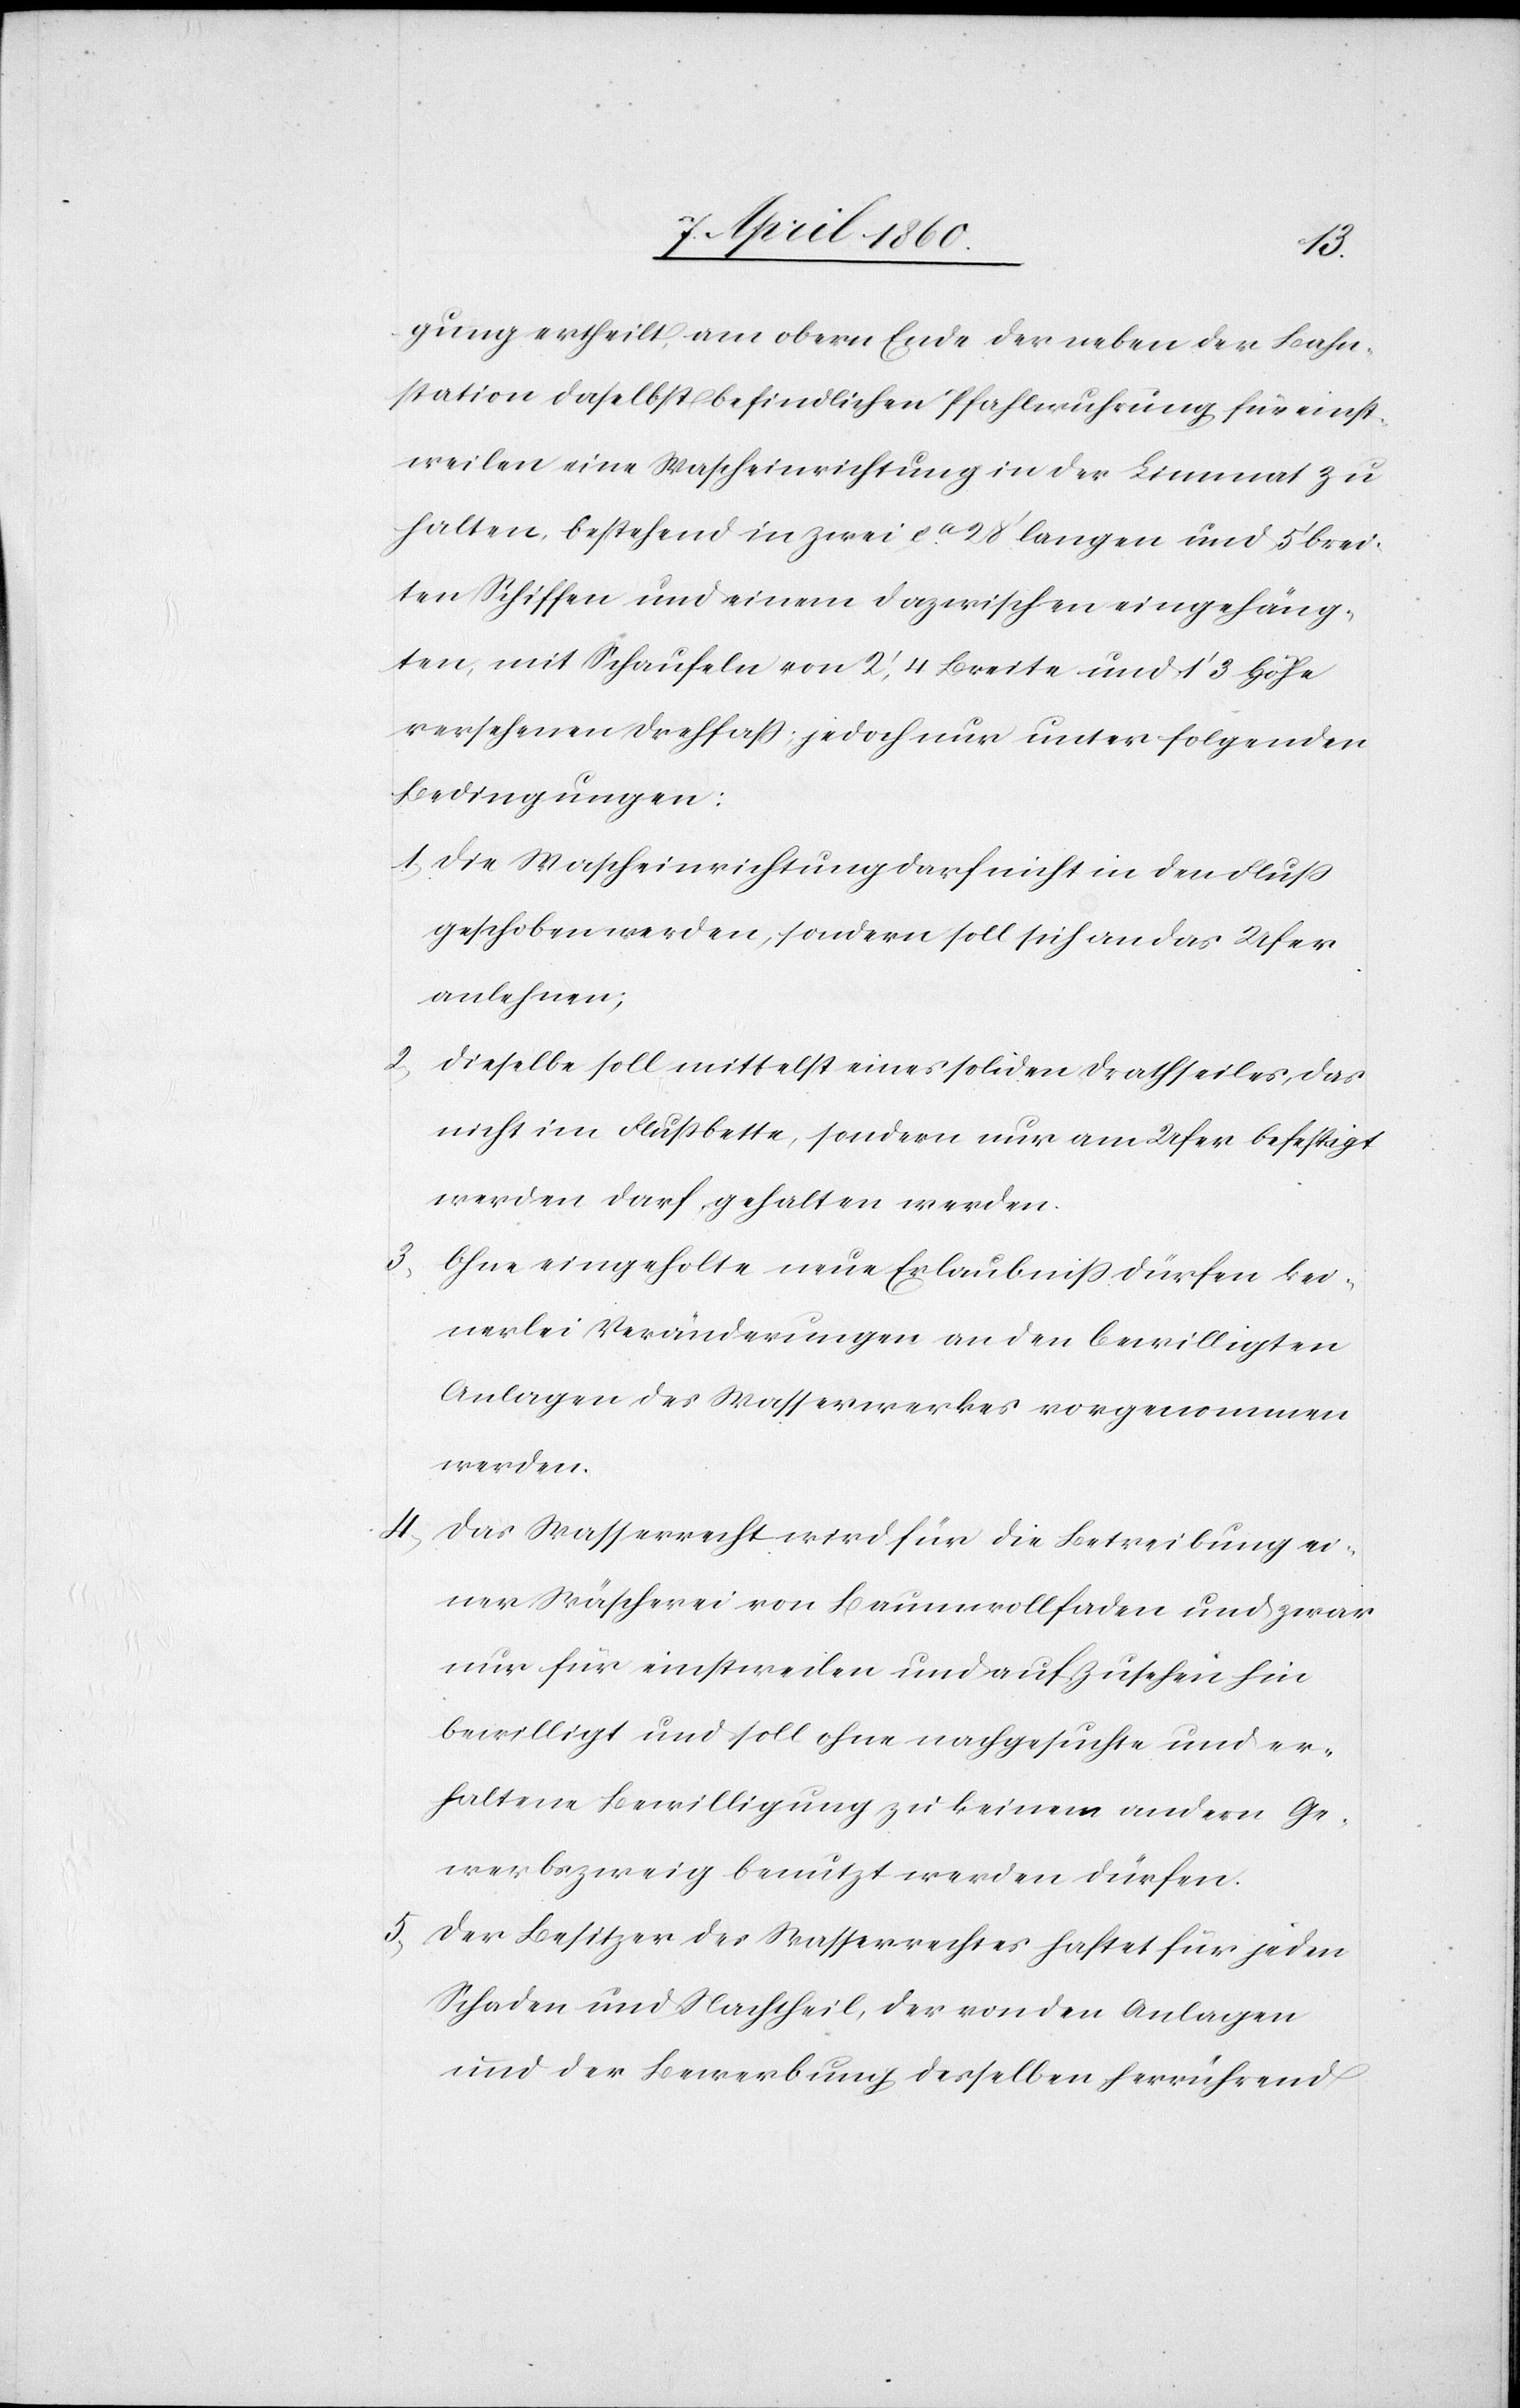
gung ertheilt, am obern Ende der neben der Bahn¬
station daselbst befindlichen Pfahlwuhrung für einst¬
weilen eine Wascheinrichtung in der Limmat zu
halten, bestehend in zwei ca 28’ langen und 5’ brei¬
ten Schiffen und einem dazwischen eingehäng¬
ten, mit Schaufeln von 2’ 4 Breite und 1’ 3 Höhe
versehenen Drehfass; jedoch nur unter folgenden
Bedingungen:
1. Die Wascheinrichtung darf nicht in den Fluß
geschoben werden, sondern soll sich an das Ufer
anlehnen;
2.
Dieselbe soll mittelst eines soliden Drathseiles, das
nicht im Flussbette, sondern nur am Ufer befestigt
werden darf, gehalten werden.
3. Ohne eingeholte neue Erlaubniss dürfen kei¬
nerlei Veränderungen an den bewilligten
Anlagen des Wasserwerkes vorgenommen
werden.
4. Das Wasserrecht wird für die Betreibung ei¬
ner Wäscherei von Baumwollfaden und zwar
nur für einstweilen und auf Zusehen hin
bewilligt und soll ohne nachgesuchte und er¬
haltene Bewilligung zu keinem andern Ge¬
werbszweig benutzt werden dürfen.
5. Der Besitzer des Wasserrechtes haftet für jeden
Schaden und Nachtheil, der von den Anlagen
und der Bewerbung derselben herrührend